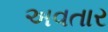
અવતાર